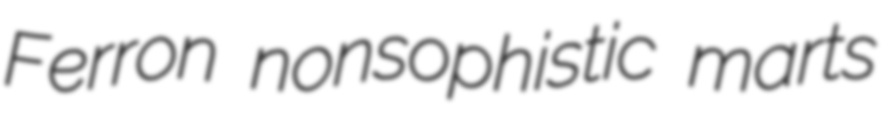
Ferron nonsophistic marts